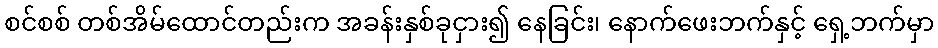
စင်စစ် တစ်အိမ်ထောင်တည်းက အခန်းနှစ်ခုငှား၍ နေခြင်း၊ နောက်ဖေးဘက်နှင့် ရှေ့ဘက်မှာ